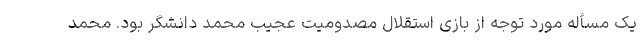
یک مسأله مورد توجه از بازی استقلال مصدومیت عجیب محمد دانشگر بود. محمد